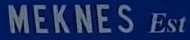
MEKNES Est